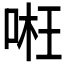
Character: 𠶖